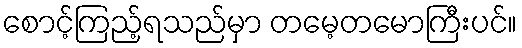
စောင့်ကြည့်ရသည်မှာ တမေ့တမောကြီးပင်။